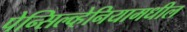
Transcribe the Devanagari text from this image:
पेन्सिल्व्हेनियामधील